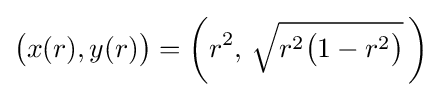
{\big (}x(r),y(r){\big )}={\biggl (}r^{2},\,{\sqrt {r^{2}{\bigl (}1-r^{2}{\bigr )}}}\,{\biggr )}